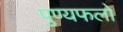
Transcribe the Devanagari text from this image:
पुण्यफलों